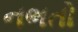
નભતો